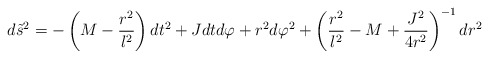
\begin{align*}d{\tilde{s}}^2=-\left(M-\frac{r^2}{l^2}\right)dt^2+Jdtd\varphi +r^2 d\varphi^2 + \left(\frac{r^2}{l^2}-M+\frac{J^2}{4r^2}\right)^{-1}dr^2\end{align*}